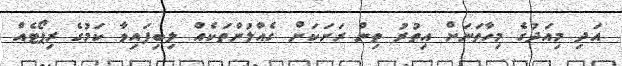
އަދި މިއަދުގެ މިހާތަނަށް އިތުރު ތިން ރަށަކަށް ގެއްލުންތަކެއް ލިބިފައިވާ ކަމުގެ ރިޕޯޓެއް